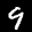
Label: 9